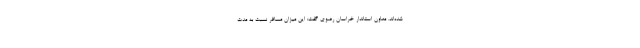
شده‌اند. معاون استاندار خراسان رضوی گفت: این میزان مسافر نسبت به مدت